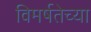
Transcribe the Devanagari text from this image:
विमर्षतेच्या